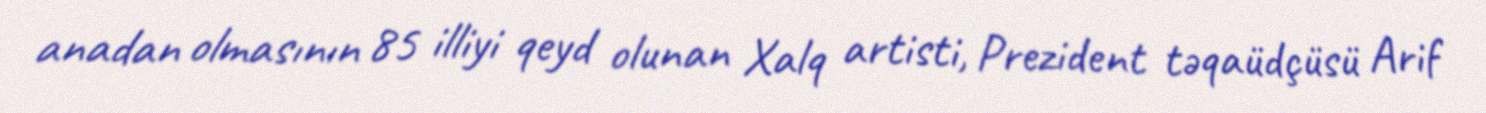
anadan olmasının 85 illiyi qeyd olunan Xalq artisti, Prezident təqaüdçüsü Arif